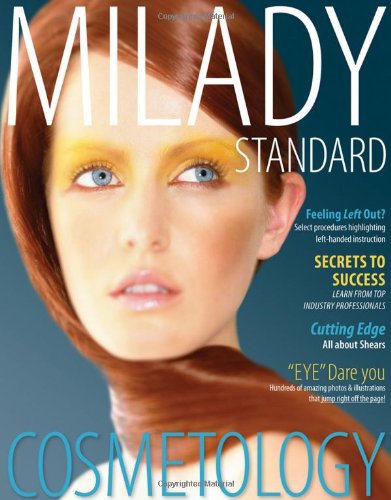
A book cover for Milady Standard Cosmetology 2012 (Milady's Standard Cosmetology); Milady; Education & Teaching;